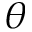
\theta